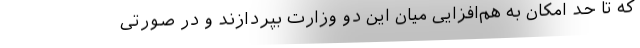
که تا حد امکان به هم‌افزایی میان این دو وزارت بپردازند و در صورتی